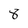
Character: 8